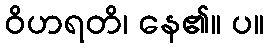
ဝိဟရတိ၊ နေ၏။ ပ။